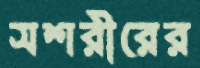
সশরীরের